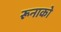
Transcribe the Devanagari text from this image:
रूनाको